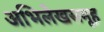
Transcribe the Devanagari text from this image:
अभिलेखसमूह